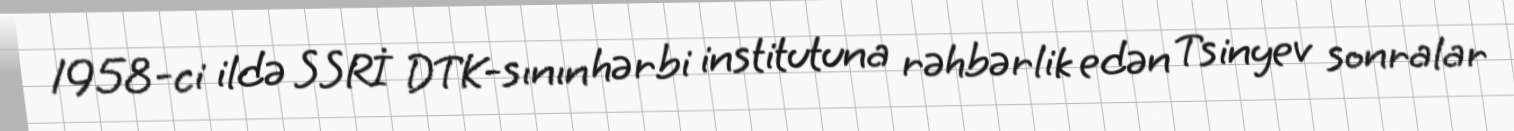
1958-ci ildə SSRİ DTK-sının hərbi institutuna rəhbərlik edən Tsinyev sonralar